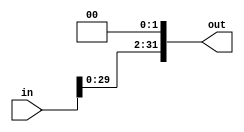
module shift_left_2 (
    input wire [31:0] in,
    output wire [31:0] out
);

    assign out = in << 2; // desloca colocando zeros  direita
    
endmodule